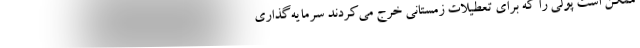
ممکن است پولی را که برای تعطیلات زمستانی خرج می‌کردند سرمایه‌گذاری